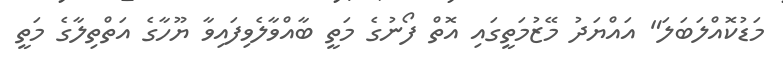
މަޑުކޮއްލަބަލަ" އައްޔަދު މޭޒުމަތީގައި އޮތް ފޯނުގެ މަތީ ބާއްވާލެވިފައިވާ ޔޫހާގެ އަތްތިލާގެ މަތީ